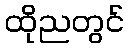
ထိုညတွင်